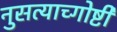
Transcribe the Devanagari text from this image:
नुसत्याच्गोष्टी